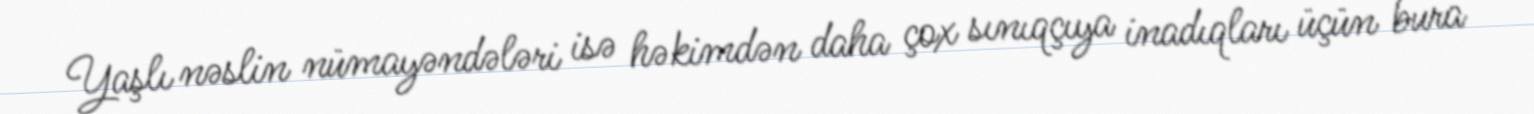
Yaşlı nəslin nümayəndələri isə həkimdən daha çox sınıqçıya inadıqları üçün bura